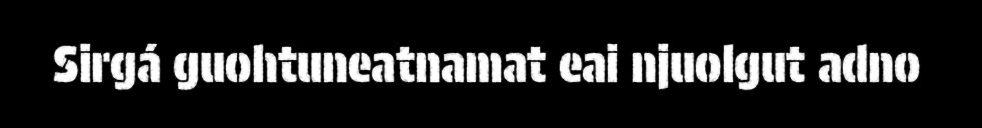
Sirgá guohtuneatnamat eai njuolgut adno